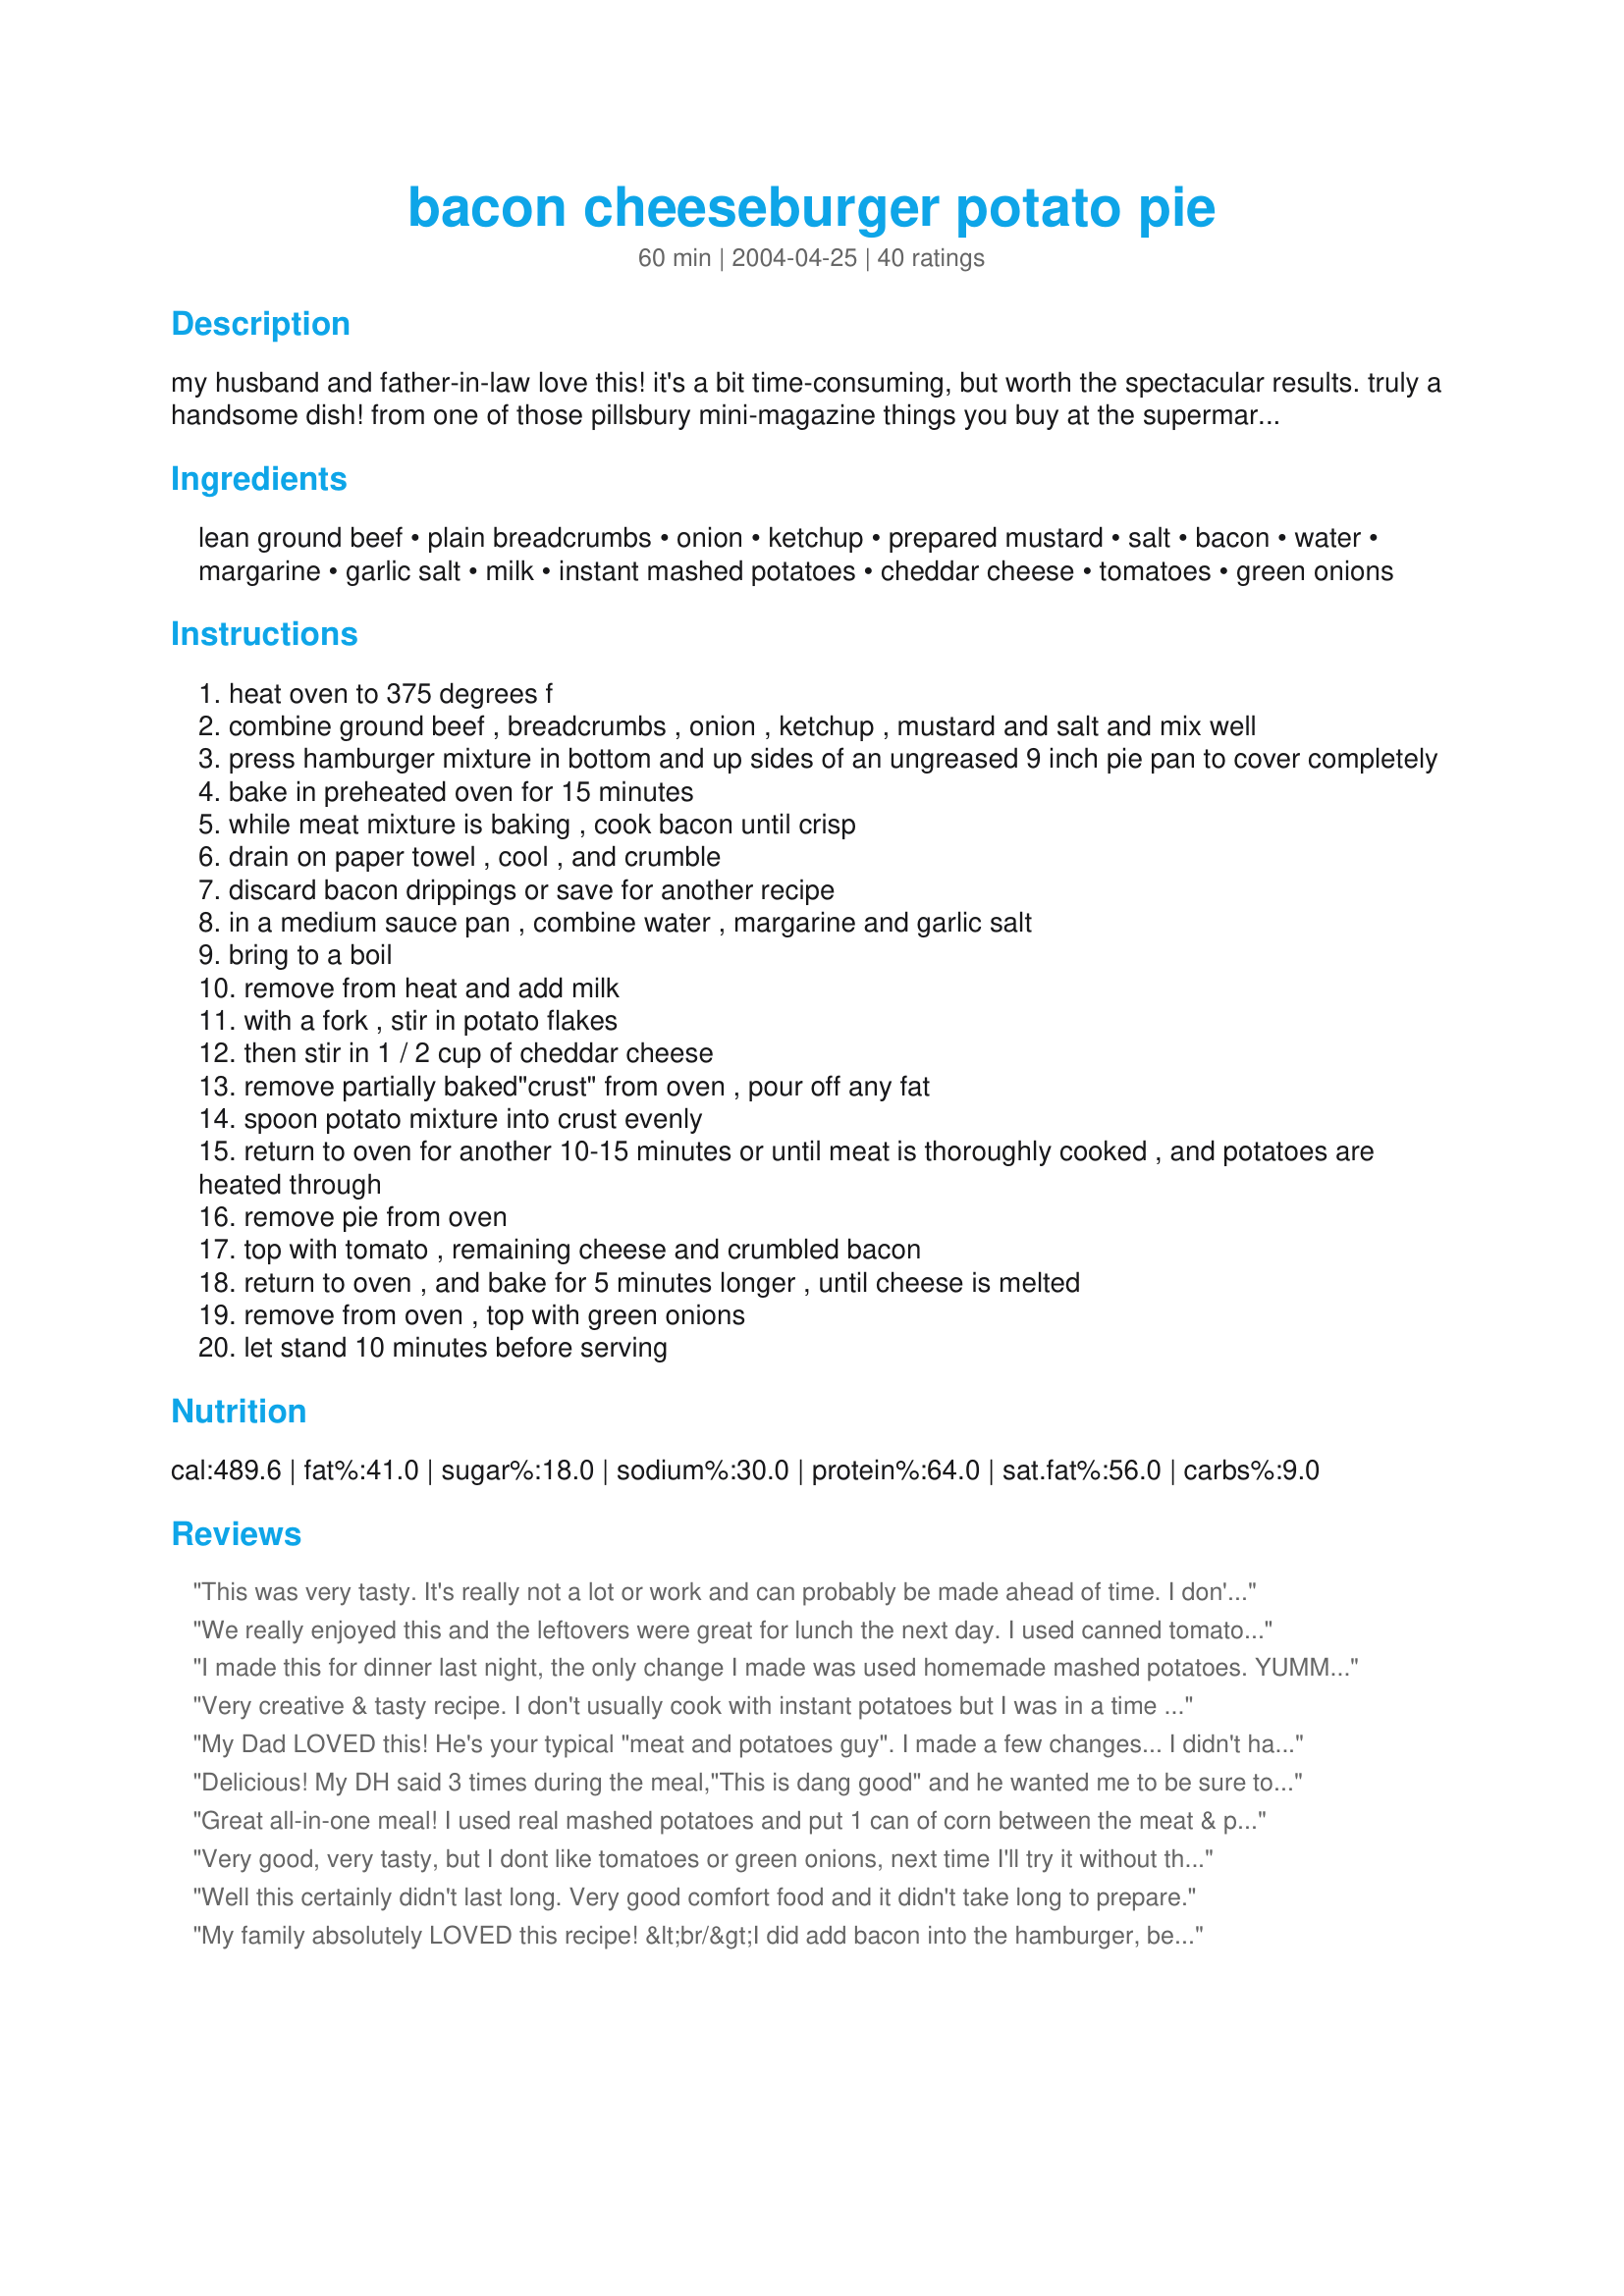
bacon cheeseburger potato pie
Preparation time: 60 minutes

my husband and father-in-law love this! it's a bit time-consuming, but worth the spectacular results. truly a handsome dish! from one of those pillsbury mini-magazine things you buy at the supermarket. please note that you can use leftover mashed potatoes as well, or make homemade if you really hate instant!

Ingredients:
lean ground beef, plain breadcrumbs, onion, ketchup, prepared mustard, salt, bacon, water, margarine, garlic salt, milk, instant mashed potatoes, cheddar cheese, tomatoes, green onions

Steps:
heat oven to 375 degrees f
combine ground beef , breadcrumbs , onion , ketchup , mustard and salt and mix well
press hamburger mixture in bottom and up sides of an ungreased 9 inch pie pan to cover completely
bake in preheated oven for 15 minutes
while meat mixture is baking , cook bacon until crisp
drain on paper towel , cool , and crumble
discard bacon drippings or save for another recipe
in a medium sauce pan , combine water , margarine and garlic salt
bring to a boil
remove from heat and add milk
with a fork , stir in potato flakes
then stir in 1 / 2 cup of cheddar cheese
remove partially baked"crust" from oven , pour off any fat
spoon potato mixture into crust evenly
return to oven for another 10-15 minutes or until meat is thoroughly cooked , and potatoes are heated through
remove pie from oven
top with tomato , remaining cheese and crumbled bacon
return to oven , and bake for 5 minutes longer , until cheese is melted
remove from oven , top with green onions
let stand 10 minutes before serving

Reviews:
This was very tasty. It's really not a lot or work and can probably be made ahead of time. I don't really like instant mashed potatoes so I made my own. This is a keeper. I will be making it again. Thanks.
We really enjoyed this and the leftovers were great for lunch the next day. I used canned tomatoes and fresh garlic, lots of fresh garlic. Will try again with fresh tomatoes next time. Great dish!
I made this for dinner last night, the only change I made was used homemade mashed potatoes. YUMMY we all enjoyed this will make again for sure. Thanks for the recipe!!!
Very creative & tasty recipe. I don't usually cook with instant potatoes but I was in a time crunch. I made an error to prep of the potatoes, I made them to the box instructions & realized too late there were adjustments. The end result was still ok. I found the dish abit salty so I'll used garlic powder vs salt next time. This dish needs more attention to put together than I originally thought. Its a great looking dish with lots of flavour though, thanks for sharing.
My Dad LOVED this! He's your typical "meat and potatoes guy". I made a few changes... I didn't have any bacon, so I left it out... I didn't use tomato either... I made my own mashed potatoes instead of using instant... ! Very good and I'll definitely be making this again! THANX!
Delicious! My DH said 3 times during the meal,"This is dang good" and he wanted me to be sure to tell you that he said that!!! The only things I did different was to use real potatoes(did not have instant)and used canned diced tomatoes (did not have a fresh one). I just peeled and thinly sliced a few red potatoes and microwaved them till they were firm tender, added salt and pepper and butter to them and layered them on the meat mixture. I put the cheese as a layer on top of the potatoes. Yummy and dang good!!! Thanks Amanda Beth!!!
Great all-in-one meal! I used real mashed potatoes and put 1 can of corn between the meat & potato mixture. I could see how this could be made the day before and put in the oven to re-heat the next day.
Very good, very tasty, but I dont like tomatoes or green onions, next time I'll try it without them.

 -RecipeNut's DD 10 years old
Well this certainly didn't last long. Very good comfort food and it didn't take long to prepare.
My family absolutely LOVED this recipe! &lt;br/&gt;I did add bacon into the hamburger, besides on top and used jalapeno ketchup for a bit more spice. Tastes just as good the next day!!
great recipe and loved by the whole family. i think next time i will use extra lean meat just so there won't be so much grease. my husband loved it and he is very picky. thanks for a good recipe.
This was super easy to put together and the kids and I loved it. Kind of a cross between meatloaf and shepherd's pie. I'll be making it often. Thanks for posting!
This was okay, but I am not a huge fan of concoctions such as this. I made it for my husband who loves all types of casseroles. He ate some but got quickly burned out on it. I might make it again sometime.
Excellent, Amanda Beth! We enjoyed this so much! I made it as directed although I was tempted to use real mashed potatoes, I went ahead and used the instant. It turned out great! I was very pleased with the results and my entire family enjoyed their supper! Thanks so much for this recipe for a great family meal!
Great recipe!!! Used 1lb of hamburger and .5lb bulk pork sausage and zesty seasoned salt in place of garlic salt. It was amazing! My DD happily ate 2 slices and was looking for more.
Very good, very easy, and well-liked by the whole family! This is definitely going to be added to the "rotation!" Thanks for a great recipe!
This was pretty good. I would have liked the "hamburger crust" to be a little more cooked through. I like my hamburger meat WELL done. Next time I'd cook the crust longer for my taste. I also used real mashed potaotes as well.
I was out of green onions and tomatoes, so I left that out. I also put the bacon between the meat and potato layers (hubby doesn't like really cripy bacon). I also used a tsp of minced garlic in the potato as we really love garlic. The rest I did as the recipe calls for. It was very good. I wasn't sure if hubby would like as he is not a casserole fan and this reminds me of a casserole, but he had 2 pieces, then another later in the evening as a snack. I liked it even better the next day. Great recipe!
This is a very nice dish. Did it with roast beef leftovers; worked out quite good. Will definitely do it again, with ground beef though.
I have been looking for this recipe for 2 years after loosing a box of cookbooks during a move. Thank you so much! This was a favorite in my house, and I can't wait to make it again.
DS loved this one (minus the tomatoes)! Easy to make with leftover potatoes.
This was very yummy and liked by the family. The recipe reads like it's a lot of work, but in reality it is very quick. Next time I will make it with real mashed potatoes and more bacon!
Hi! We had this delicious pie last night for dinner. I followed the recipe exactly, except I used diced, canned tomatoes. I wish I would have had fresh. It turned out fantastic! Instead of garlic salt, I also had to use garlic powder. This will be made again, believe me! Thank you for a great recipe! :)
This was soo good! I followed the directions completly except I used homemade mashed potatoes. I also cooked the beef part for 30 minutes instead of 15. Came out perfect!!!
So delicious comfort food meal. A knockout.
excellent!!

the topping was just the right amount of crunchy and the crust held to together.

Only change i made is that I cooked the meat for 10 minutes before i put it in the oven just to be sure it cooked
This was so delicious!!!!!!!!! Next time I will use homemade mashed potatoes, but won't change a single thing else.
I really did not expect this to turn out as good as it did but it did! This was easier to make than it reads and when I make it again it will be a breeze now that I know how it goes together. I followed the recipe pretty close except that I used half & half instead of skim milk and real mashed potatoes (sure did revive them!). Reheated in the microwave real well too. Oven times for me were right on. Fresh tomatoes made the cheesy top. Thanks Amanda!
YUMMY!
This was very good and not hard at all to make. The only problem I had was draining the fat off the "meat crust" after the first baking - the whole crust wanted to slide off the plate!! But I managed - I also added garlic to the potatoes.
Very good and even better the next day for lunch.
This is very good and my husband loved it. It was easier than it looked. Thanks. It is a keeper.
This was so good!! Potatoes, cheese bacon and tomato's how could it get any better? Awsome!!
This was pretty good. I was a little surprised when I pulled the "crust" out of the oven and it had shrunken down a bunch...but it still tasted great once it was finished. My kids especially really loved it! I agree with people who are saying next time they will use real mashed potatoes and more bacon. I will be doing the same. Thanks for a great recipe!
This was an ok dish for us. I also found it a little too salty. I think we'll stick with the Better Homes and Gardens Hamburger Pie recipe. Thanks for posting though! I always enjoy trying different recipes.
This was a great recipe! Very tasty! I used the instant potatoes and the extra 1/2 teaspoon of garlic powder. Yes this dish looks spectacular. Thanks so much for the recipe,Amanda Beth
What an easy tasty dish! The only change I made was to use "real" mashed potatoes because I didn't have any instant. Other than that, I followed the recipe as posted. Even my picky 5 year old grand-daughter asked for seconds. Cooking times were right on. I'll certainly be making this again! Thanks Amanda Beth!

Since the meat seemed to overfill my pie pan, I switched it to a glass 9x13. It was a bit tricky to drain my grease (sliding) but no problems. My meat did shrink away from one side of the pan. My meat did cook nicely (cooked all the way through). The toppings add a visual boost! This was an easy meal to make in advance. Thanks for posting, Amanda Beth.

Roxygirl
I made this for dinner tonight...very filling.It was a big hit with my DS but for me and DD it was just OK. Thanks!
This was very good! Very similar to one that I put on here that I have made for years. I used pre made mashed potatoes and just added some garlic salt and cheese. Very good, fast dinner.
It was Fantastic! My Family's onmy complaint was that I didnt make more! Left off the tomato...Next time I think I will add part Guniess Beer to the meat mixture for a little kick.<br/><br/>Thanks for the idea!<br/><br/>Jennifer
If this was up to my DS's this would be more than a 5*, certainly kid friendly, and they were so glad to be eating something w/o surprises in it. **sigh**, poor children. I did bake 10 min. longer the first time in the oven, meat was still very red, only browned on the crust. I didn't add anything extra to this and it was a sucess. When mixing the ground beef I did mix it in a zipper food storage baggie to ease in cleanup.
Great Recipe Amanda!
